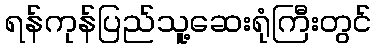
ရန်ကုန်ပြည်သူ့ဆေးရုံကြီးတွင်